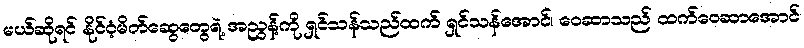
မယ်ဆိုရင် နိုင်ငံ့မိတ်ဆွေတွေရဲ့ အညွန့်ကို ရှင်သန်သည်ထက် ရှင်သန်အောင်၊ ဝေဆာသည် ထက်ဝေဆာအောင်